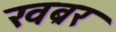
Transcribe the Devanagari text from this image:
खब्रर